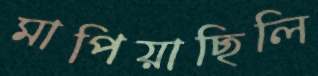
মাপিয়াছিলি